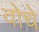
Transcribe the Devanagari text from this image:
वोचे